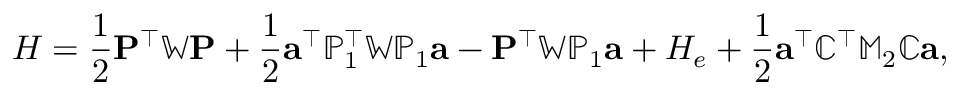
H = \frac { 1 } { 2 } { \mathbf P } ^ { \top } \mathbb { W } { \mathbf P } + \frac { 1 } { 2 } { \mathbf a } ^ { \top } { \mathbb P } _ { 1 } ^ { \top } \mathbb { W } { \mathbb P } _ { 1 } { \mathbf a } - { \mathbf P } ^ { \top } \mathbb { W } \mathbb { P } _ { 1 } { \mathbf a } + H _ { e } + \frac { 1 } { 2 } { \mathbf a } ^ { \top } { \mathbb C } ^ { \top } \mathbb { M } _ { 2 } { \mathbb C } { \mathbf a } ,